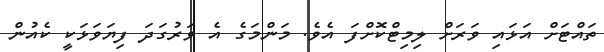
ތައްޓަށް އަޅައި ވަރަށް ލިމިޓްކޮށްފަ އެވެ. މަންމަގެ އެ ވަރުގަދަ ފިޔަވަޅަކީ ކެއުން